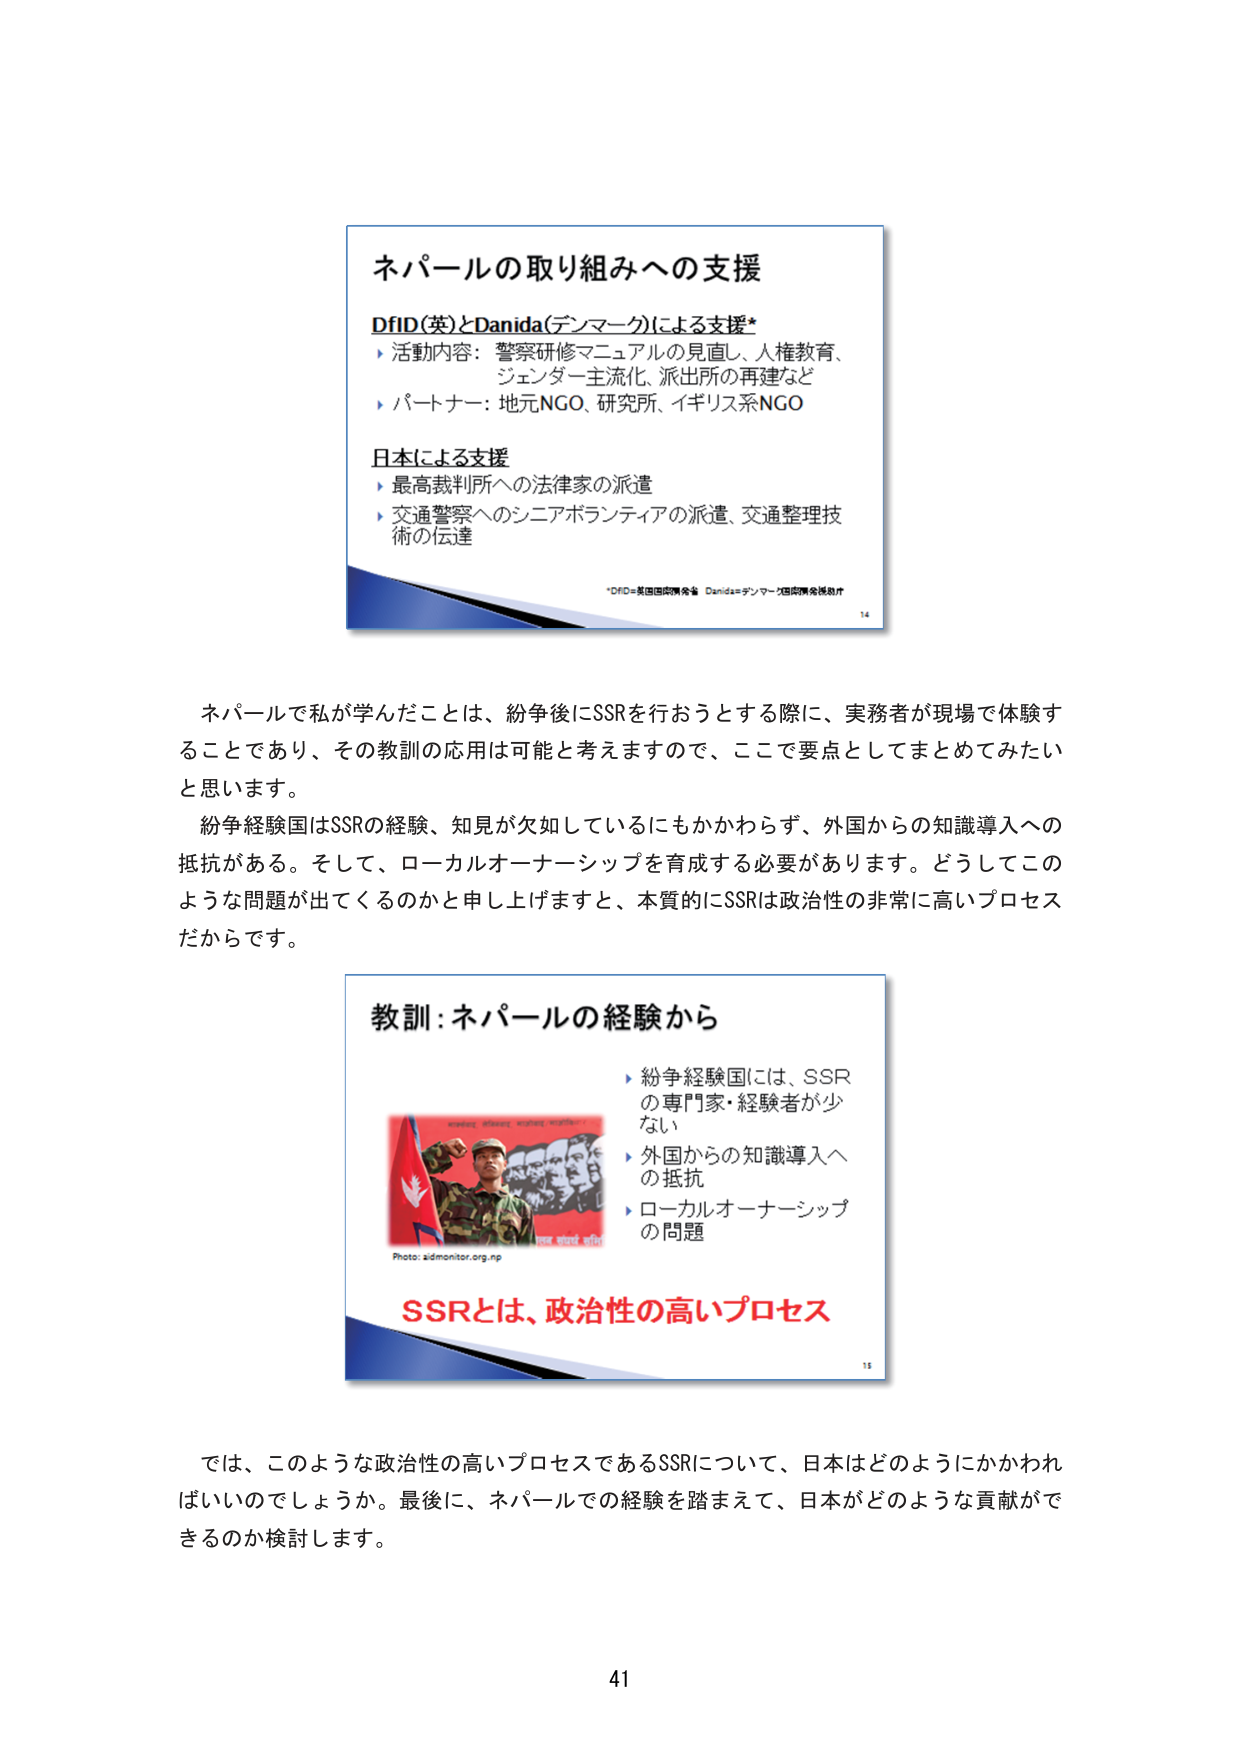
ネパールの取り組みへの支援

DFID(英)とDanida(デンマーク)による支援*
▶ 活動内容: 警察研修マニュアルの見直し、人権教育、
ジェンダー主流化、派出所の再建など
▶ パートナー: 地元NGO、研究所、イギリス系NGO

日本による支援
▶ 最高裁判所への法律家の派遣
▶ 交通警察へのシニアボランティアの派遣、交通整理技
術の伝達

*DFID=英国国際開発省 Danida=デンマーク国際開発援助庁
14

ネパールで私が学んだことは、紛争後にSSRを行おうとする際に、実務者が現場で体験することであり、その教訓の応用は可能と考えますので、ここで要点としてまとめてみたいと思います。
紛争経験国はSSRの経験、知見が欠如しているにもかかわらず、外国からの知識導入への抵抗がある。そして、ローカルオーナーシップを育成する必要があります。どうしてこのような問題が出てくるのかと申し上げますと、本質的にSSRは政治性の非常に高いプロセスだからです。

教訓：ネパールの経験から

▶ 紛争経験国には、SSR
の専門家・経験者が少
ない
▶ 外国からの知識導入へ
の抵抗
▶ ローカルオーナーシップ
の問題

Photo: aidmonitor.org.np

SSRとは、政治性の高いプロセス

15

では、このような政治性の高いプロセスであるSSRについて、日本はどのようにかかわればいいのでしょうか。最後に、ネパールでの経験を踏まえて、日本がどのような貢献ができるのか検討します。

41